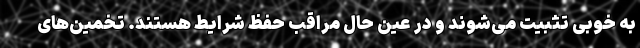
به خوبی تثبیت می‌شوند و در عین حال مراقب حفظ شرایط هستند. تخمین‌های